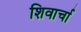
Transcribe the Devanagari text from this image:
शिवार्चा